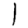
Digit: 1